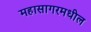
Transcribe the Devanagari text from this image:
महासागरमधील